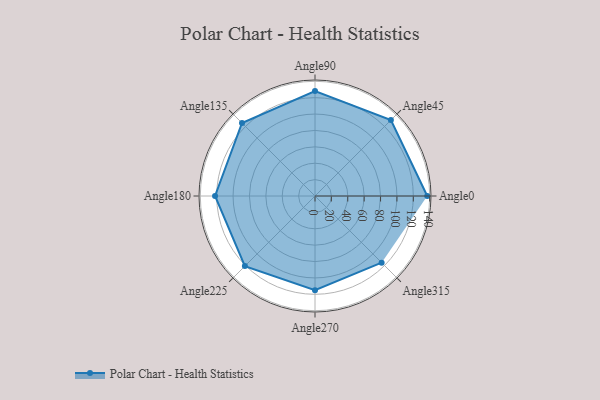
{"axis": {"x": "Angle", "y": "Radius"}, "legend": [""], "data": [{"x": "Angle0", "y": 137.0, "type": ""}, {"x": "Angle45", "y": 131.0, "type": ""}, {"x": "Angle90", "y": 128.0, "type": ""}, {"x": "Angle135", "y": 126.0, "type": ""}, {"x": "Angle180", "y": 122.0, "type": ""}, {"x": "Angle225", "y": 121.0, "type": ""}, {"x": "Angle270", "y": 115.0, "type": ""}, {"x": "Angle315", "y": 115.0, "type": ""}]}